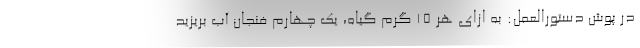
در پوش دستورالعمل: به ازای هر 15 گرم گیاه، یک چهارم فنجان آب بریزید